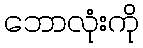
ဘောလုံးကို